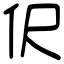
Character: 伬